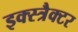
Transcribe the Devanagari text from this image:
इक्स्त्रैक्टर